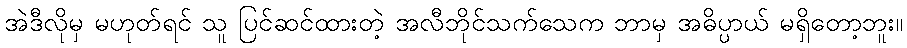
အဲဒီလိုမှ မဟုတ်ရင် သူ ပြင်ဆင်ထားတဲ့ အလီဘိုင်သက်သေက ဘာမှ အဓိပ္ပာယ် မရှိတော့ဘူး။